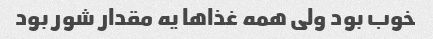
خوب بود ولی همه غذاها یه مقدار شور بود